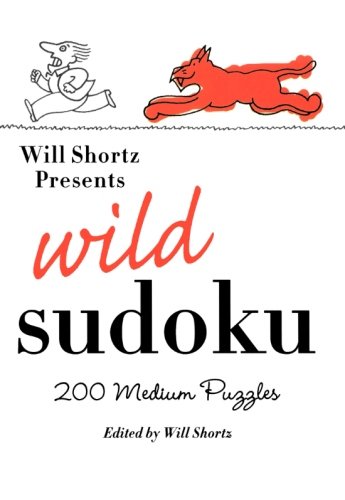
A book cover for Will Shortz Presents Wild Sudoku: 200 Medium Puzzles; Humor & Entertainment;